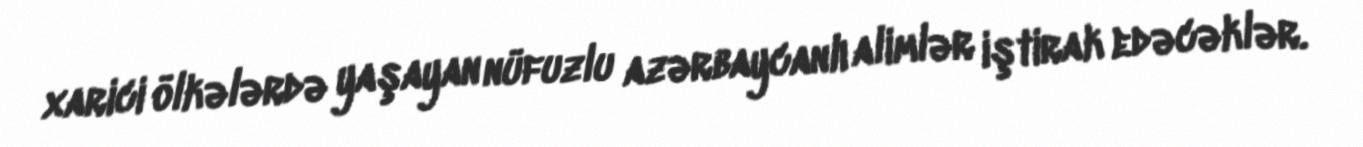
xarici ölkələrdə yaşayan nüfuzlu azərbaycanlı alimlər iştirak edəcəklər.